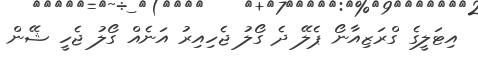
އިޓަލީގެ ގްރަޒިއާނޯ ޕެލޭ ދެ ގޯލު ޖެހިއިރު އަނެއް ގޯލު ޖެހީ ޝޭން